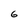
Character: 6